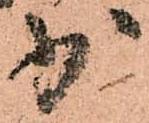
少